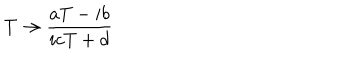
LaTeX: T \rightarrow \frac { a T - i b } { i c T + d } \nonumber